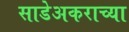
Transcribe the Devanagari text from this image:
साडेअकराच्या